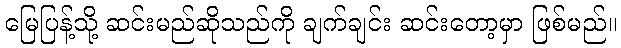
မြေပြန့်သို့ ဆင်းမည်ဆိုသည်ကို ချက်ချင်း ဆင်းတော့မှာ ဖြစ်မည်။